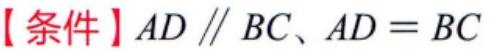
【条件】\(AD \parallel BC、AD = BC\)